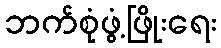
ဘက်စုံဖွံ့ဖြိုးရေး